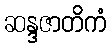
ဆန္ဒဇာတိကံ